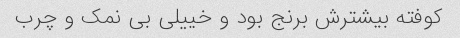
کوفته بیشترش برنج بود و خییلی بی نمک و چرب